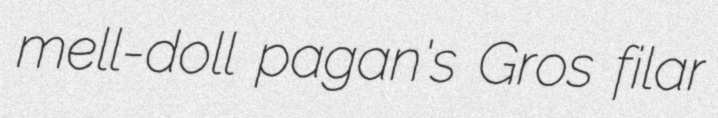
mell-doll pagan's Gros filar